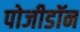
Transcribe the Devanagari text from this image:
पोजीडॉन